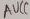
Text: ACC3